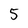
Character: 5